Scottish Certificate of Education, 1963
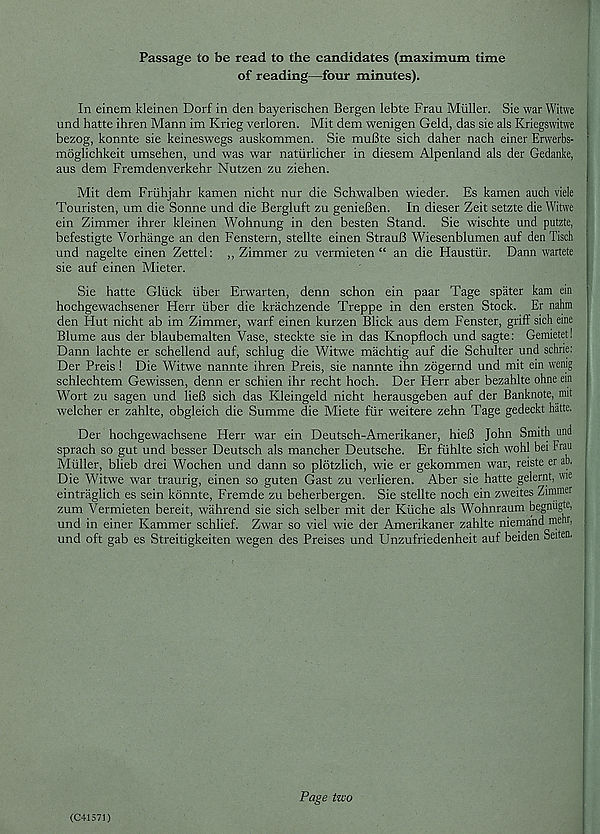
Passage to be read to the candidates (maximum time
of reading—four minutes).
In einem kleinen Dorf in den bayerischen Bergen lebte Frau Muller. Sie war Witwe
und hatte ihren Mann im Krieg verloren. Mit dem wenigen Geld, das sie als Kriegswitwe
bezog, konnte sie keineswegs auskommen. Sie muBte sich daher nach einer Erwerbs-
moglichkeit umsehen, und was war natiirlicher in diesem Alpenland als der Gedanke,
aus dem Fremdenverkehr Nutzen zu ziehen.
Mit dem Friihjahr kamen nicht nur die Schwalben wieder. Es kamen auch vide
Touristen, um die Sonne und die Bergluft zu genieBen. In dieser Zeit setzte die Witwe
ein Zimmer ihrer kleinen Wohnung in den besten Stand. Sie wischte und putzte,
befestigte Vorhange an den Fenstern, stellte einen StrauB Wiesenblumen auf den Tisch
und nagelte einen Zettel: ,, Zimmer zu vermieten “ an die Haustiir. Dann wartete
sie auf einen Mieter.
Sie hatte Gluck iiber Erwarten, denn schon ein paar Tage spater kam ein
hochgewachsener Herr iiber die krachzende Treppe in den ersten Stock. Er nahm
den Hut nicht ab im Zimmer, warf einen kurzen Blick aus dem Fenster, griff sich eine
Blume aus der blaubemalten Vase, steckte sie in das Knopfloch und sagte: Gemietet!
Dann lachte er schellend auf, schlug die Witwe machtig auf die Schulter und schne:
Der Preis ! Die Witwe nannte ihren Preis, sie nannte ihn zogernd und mit ein wemg
schlechtem Gewissen, denn er schien ihr recht hoch. Der Herr aber bezahlte ohne ein
Wort zu sagen und lieB sich das Kleingeld nicht herausgeben auf der Banknote, mit
welcher er zahlte, obgleich die Summe die Miete fur weitere zehn Tage gedeckt hatte.
Der hochgewachsene Herr war ein Deutsch-Amerikaner, hieB John Smith und
sprach so gut und besser Deutsch als mancher Deutsche. Er fiihlte sich wohl bei Frau
Muller, blieb drei Wochen und dann so plotzlich, wie er gekommen war, reiste er ab.
Die Witwe war traurig, einen so guten Cast zu verlieren. Aber sie hatte gelernt, wie
eintraglich es sein konnte, Fremde zu beherbergen. Sie stellte noch ein zweites Zimmer
zum Vermieten bereit, wahrend sie sich selber mit der Ktiche als Wohnraum begniigte>
und in einer Kammer schlief. Zwar so viel wie der Amerikaner zahlte niemand mehr,
und oft gab es Streitigkeiten wegen des Preises und Unzufriedenheit auf beiden Seiten.
(C41571)
Page two